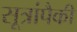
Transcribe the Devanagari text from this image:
सूत्रांपैकी